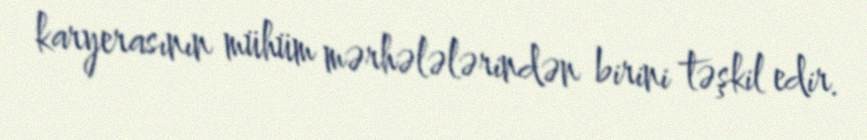
karyerasının mühüm mərhələlərindən birini təşkil edir.